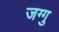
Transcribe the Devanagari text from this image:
जग्गु